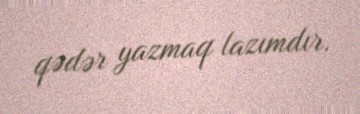
qədər yazmaq lazımdır.